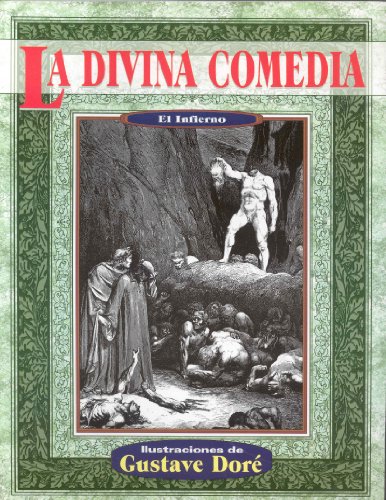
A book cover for La divina comedia infierno (Illustrated by Dore) (Spanish Edition); Dante Alighieri; Literature & Fiction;